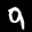
Label: 9